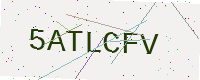
Text: 5ATLCFV